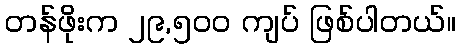
တန်ဖိုးက ၂၉,၅၀၀ ကျပ် ဖြစ်ပါတယ်။